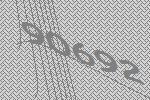
90692